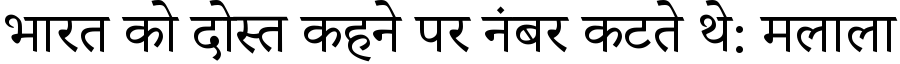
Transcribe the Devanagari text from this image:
भारत को दोस्त कहने पर नंबर कटते थे: मलाला